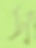
স্